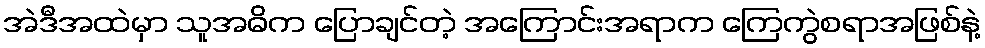
အဲဒီအထဲမှာ သူအဓိက ပြောချင်တဲ့ အကြောင်းအရာက ကြေကွဲစရာအဖြစ်နဲ့